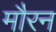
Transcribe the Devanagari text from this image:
मौरन